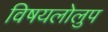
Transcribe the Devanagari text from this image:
विषयलोलुप